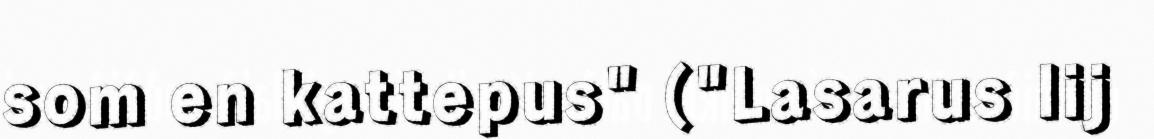
som en kattepus" ("Lasarus lij